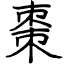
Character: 棗